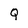
Character: Q